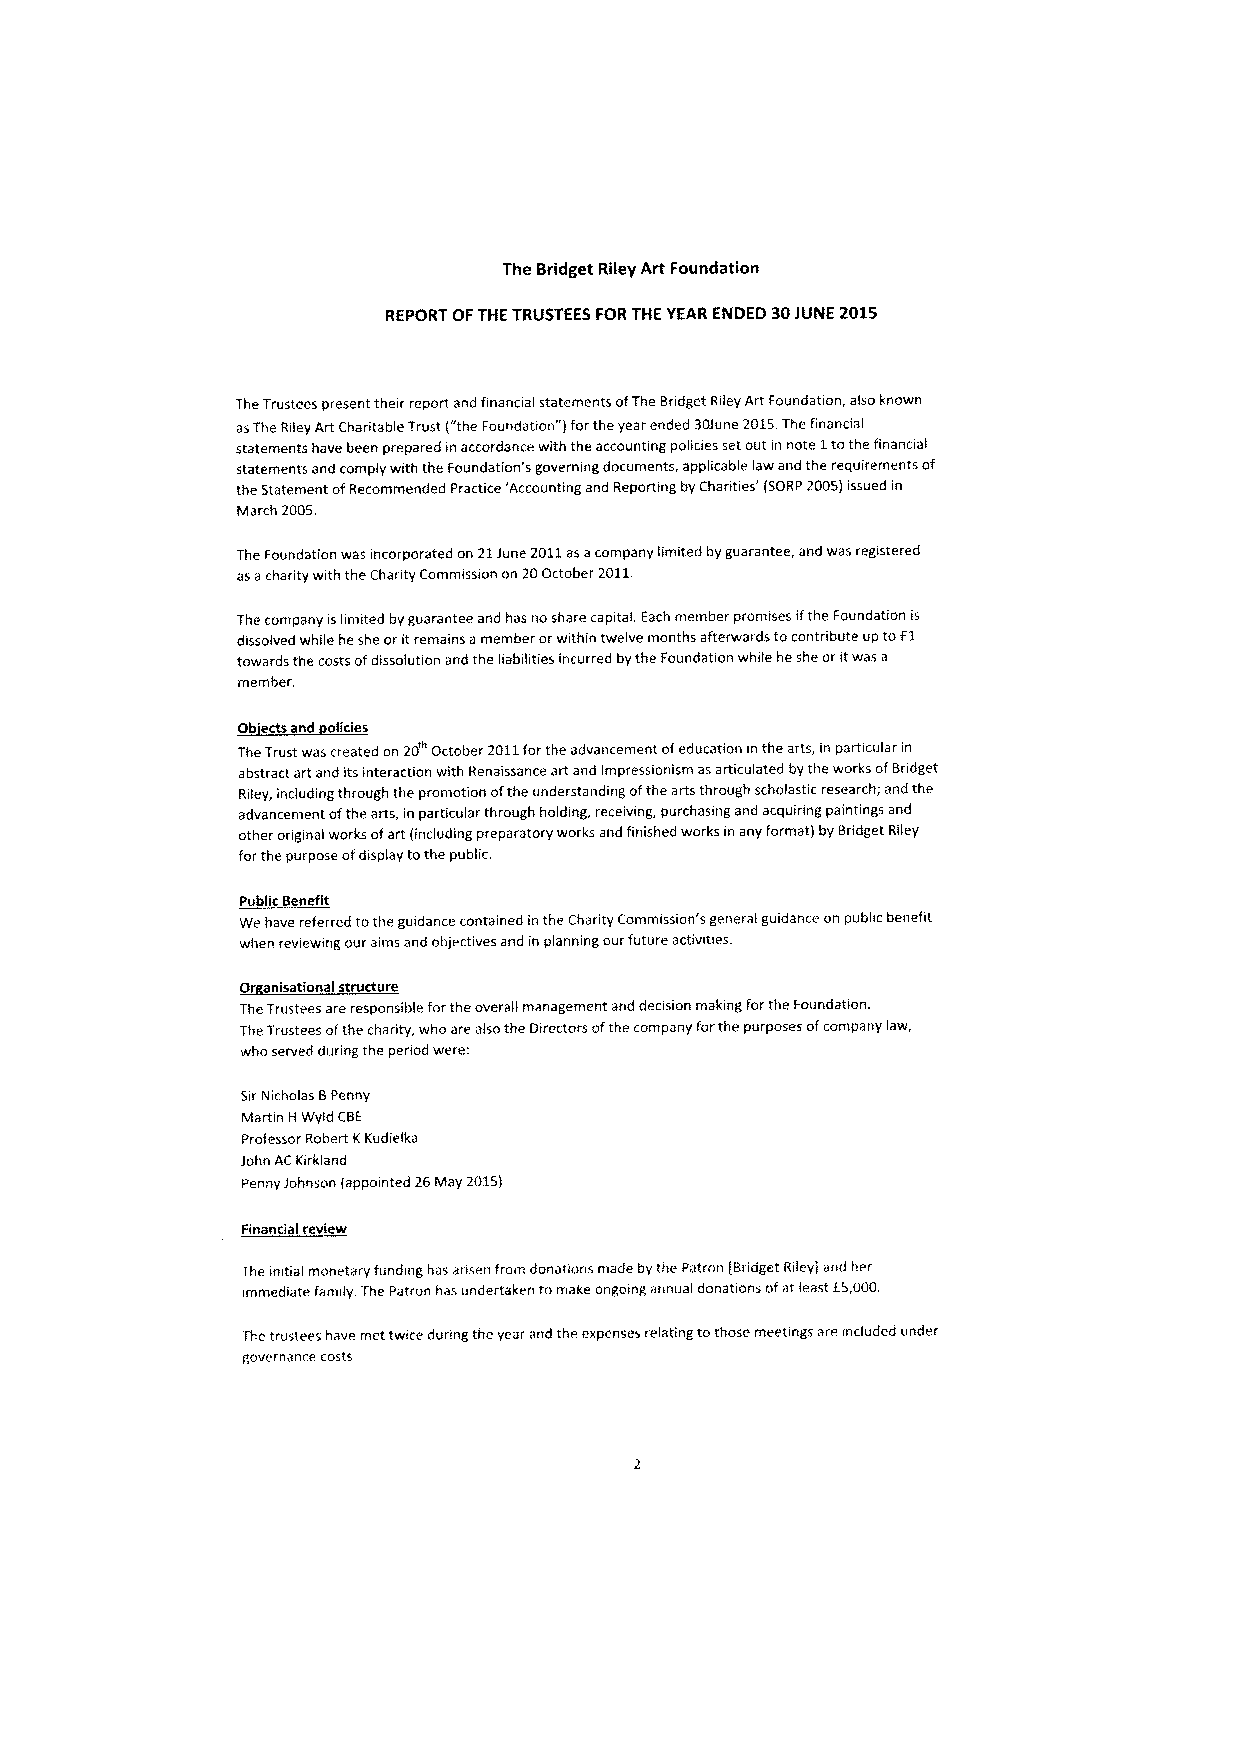
The Bridget Riley Art Foundation
 REPORT OFTHETRUSTEES FORTHE YEAR ENDED 30JUNE 2015
 TheTrustees present their report and financial statements ofThe Bridget Riley Art Foundation, also known
 asThe Riley Art Charitable Trust ("theFoundation" )forthe year ended 30June 2015.The financial
 statements have been prepared inaccordance with the accounting policies setout in note 1tothe financial
 statements and comply with the Foundation's governing documents, applicable law and the requirements of
 the Statement ofRecommended Practice 'Accounting and Reporting byCharities' (SORP2005)issued in
 March 2005.
 The Foundation was incorporated on 21June 2011asacompany limited byguarantee, and was registered
 asacharity with the Charity Commission on 20October 2011.
 The company islimited byguarantee and has no share capital. Each member promises ifthe Foundation is
 dissolved while he she oritremains amember orwithin twelve months afterwards tocontribute up toE1
 towards the costs ofdissolution and the liabilities incurred bythe Foundation while heshe oritwas a
 member.
 Ob'ects and olicies
 TheTrust was created on 20 October 2011forthe advancement ofeducation inthe arts, in particular in
 abstract art and itsinteraction with Renaissance art and Impressionism asarticulated bythe works ofBridget
 Riley, including through the promotion ofthe understanding ofthe arts through scholastic research; and the
 advancement ofthe arts, in particular through holding, receiving, purchasing and acquiring paintings and
 other original works ofart (including preparatory works and finished works in any format) by Bridget Riley
 forthe purpose ofdisplay tothe public.
 Public Benefit
 Wehave referred tothe guidance contained inthe Charity Commission's general guidance on public benefit
 when reviewing our aims and objectives and in planning our future activities.
 Or anisational structure
 TheTrustees are responsible forthe overall management and decision making forthe Foundation.
 TheTrustees ofthe charity, who are also the Directors ofthe company forthe purposes ofcompany law,
 who served during the period were:
 SirNicholas BPenny
 Martin HWyld CBE
 Professor Robert KKudielka
 John ACKirkland
 Penny Johnson (appointed 26May 2015)
 Financial review
 The mitial monetary funding has arisen from donations made bythe Patron [Bridget Riley) and her
 immediate family. The Patron has undertaken tomake ongoing annual donations ofatleast E5,000.
 Thetrustees have met twice during the year and the expenses relating tothose meetings are included under
 governance costs.